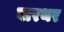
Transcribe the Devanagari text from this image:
बारथर